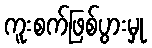
ကူးစက်ဖြစ်ပွားမှု